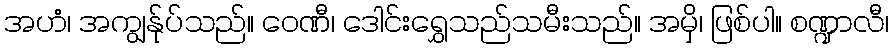
အဟံ၊ အကျွန်ုပ်သည်။ ဝေဏီ၊ ဒေါင်းရွှေသည်သမီးသည်။ အမှိ၊ ဖြစ်ပါ။ စဏ္ဍာလီ၊